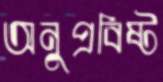
অনুপ্রবিষ্ট